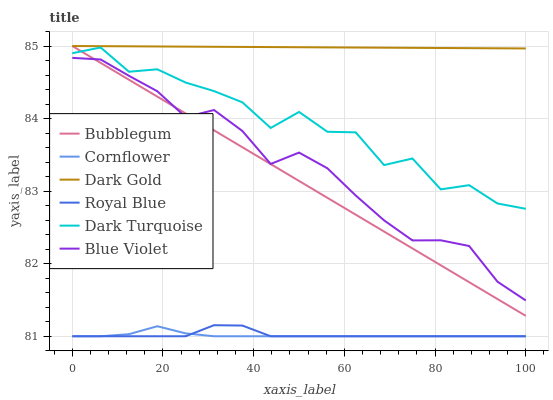
| xaxis_label | Bubblegum | Cornflower | Dark Gold | Royal Blue | Dark Turquoise | Blue Violet |
 | --- | --- | --- | --- | --- | --- | --- |
 | 0 | 85 | 81 | 85 | 81 | 84.9 | 84.8 |
 | 6.25 | 84.8 | 81 | 85 | 81 | 85 | 84.8 |
 | 12.5 | 84.5 | 81 | 85 | 81 | 84.6 | 84.6 |
 | 18.8 | 84.3 | 81.1 | 85 | 81 | 84.7 | 84.4 |
 | 25 | 84.1 | 81 | 85 | 81 | 84.5 | 84 |
 | 31.2 | 83.8 | 81 | 85 | 81.2 | 84.4 | 84.1 |
 | 37.5 | 83.6 | 81 | 85 | 81.1 | 84.2 | 83.8 |
 | 43.8 | 83.4 | 81 | 85 | 81 | 83.9 | 83.4 |
 | 50 | 83.1 | 81 | 85 | 81 | 84.1 | 83.5 |
 | 56.2 | 82.9 | 81 | 85 | 81 | 83.8 | 83.3 |
 | 62.5 | 82.7 | 81 | 85 | 81 | 83.8 | 82.9 |
 | 68.8 | 82.4 | 81 | 85 | 81 | 83.4 | 82.6 |
 | 75 | 82.2 | 81 | 85 | 81 | 83.4 | 82.3 |
 | 81.2 | 82 | 81 | 85 | 81 | 83 | 82.3 |
 | 87.5 | 81.7 | 81 | 85 | 81 | 83.1 | 82.2 |
 | 93.8 | 81.5 | 81 | 85 | 81 | 82.8 | 81.8 |
 | 100 | 81.3 | 81 | 85 | 81 | 82.8 | 81.5 |